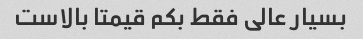
بسیار عالی فقط بکم قیمتا بالاست